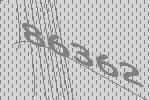
86362